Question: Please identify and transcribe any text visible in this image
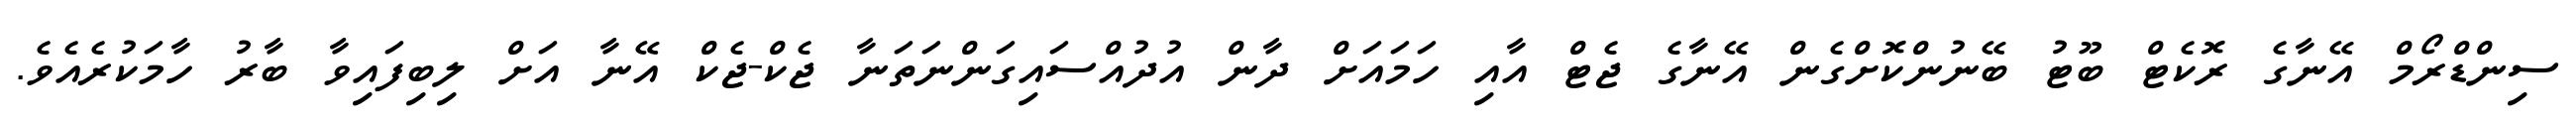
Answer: ސިންޑްރޯމް އޭނާގެ ރޮކެޓް ބޫޓު ބޭނުންކޮށްގެން އޭނާގެ ޖެޓް އާއި ހަމައަށް ދާން އުދުއްސައިގަންނަތަނާ ޖެކް-ޖެކް އޭނާ އަށް ލިބިފައިވާ ބާރު ހާމަކުރެއެވެ.